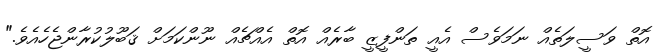
އޮތް ވަސީލަތެއް ނަމަވެސް އެއީ ތަންފީޒީ ބާރެއް އޮތް އެއްޗެއް ނޫންކަމަށް ޤަބޫލުކުރާންޖެހެއެވެ."